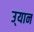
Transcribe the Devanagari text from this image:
उ्यान